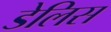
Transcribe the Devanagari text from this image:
डेलिस